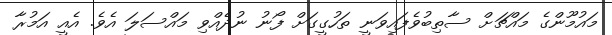
މައުމޫންގެ މައްޗަށް ސާތިބުވެފައިވަނީ ތަހުގީގަށް ފޯނު ނުދެއްވި މައްސަލަ އެވެ. އެއީ އަމުރާ